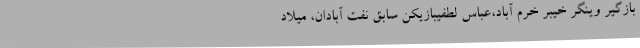
بازگیر وینگر خیبر خرم آباد،عباس لطفیبازیکن سابق نفت آبادان، میلاد